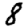
Digit: 8